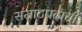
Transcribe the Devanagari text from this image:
सम्राटपदाची